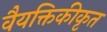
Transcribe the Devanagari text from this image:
वैयक्तिकीकृत